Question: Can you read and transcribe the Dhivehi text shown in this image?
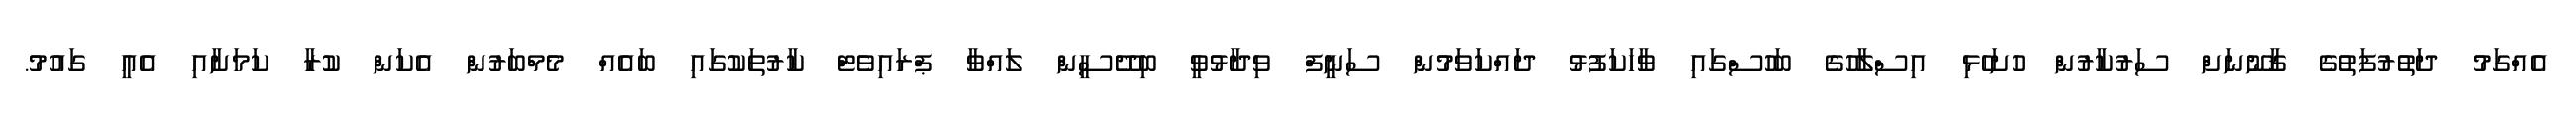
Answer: އެއްގަމު ދަތުރުފަތުގެ ޤާނޫނަށް ސަރުކާރުން ހުށަހެޅި އިސްލާހުގެ ބަހުސްގައި ވާހަކަފުޅު ދައްކަވަމުން ސަނީފް ވިދާޅުވީ ބިދޭސީން ލައްވާ ޕްރައިވެޓް ކާރުތަކުގައި ބައެއް މެމްބަރުން އެކަން ކުރާ ކަމަށާއި އެއީ ގައުމު.